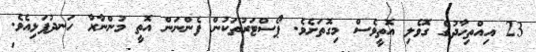
23 އިއްތިހާދުގެ ގޮވެލި އޮތީވެސް މިގޮތަށެވެ. ޕޯސްޓަރުތަކުން ފެންނަން އޮތީ މުންނާރާ ހަނދުފަޅިއެވެ.